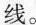
线。